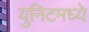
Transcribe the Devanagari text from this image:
युनिटमध्ये